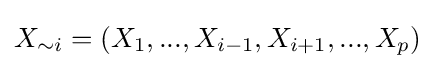
X_{\sim i}=(X_{1},...,X_{i-1},X_{i+1},...,X_{p})